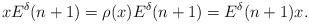
LaTeX: \begin{align*} xE^\delta(n+1)=\rho(x)E^\delta(n+1)=E^\delta(n+1)x. \end{align*}